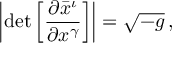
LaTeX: \left\vert \operatorname* { d e t } { \left[ { \frac { \partial { \bar { x } } ^ { \iota } } { \partial { x } ^ { \gamma } } } \right] } \right\vert = { \sqrt { - { g } } } \, ,